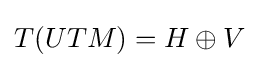
T(UTM)=H\oplus V